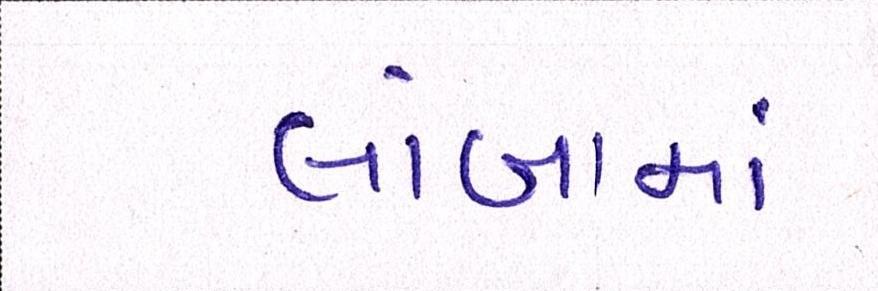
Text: લાંબામાં